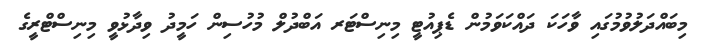
މިބައްދަލުވުމުގައި ވާހަކަ ދައްކަވަމުން ޑެޕިއުޓީ މިނިސްޓަރ އަބްދުލް މުހުސިން ހަމީދު ވިދާޅުވީ މިނިސްޓްރީގެ